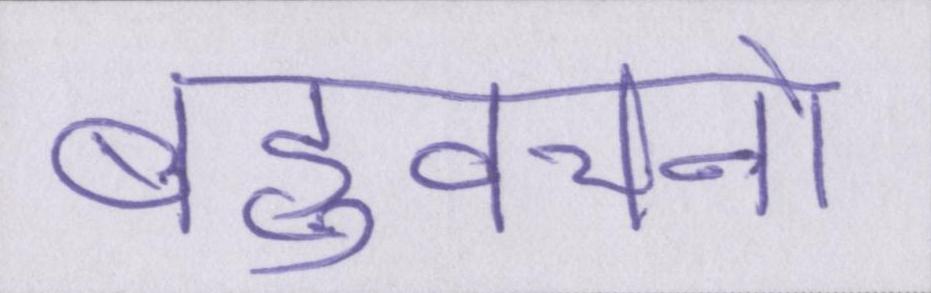
बहुवचनों